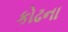
કોઢના